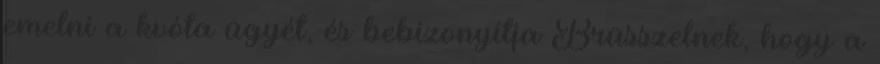
emelni a kvóta ügyét, és bebizonyítja Brüsszelnek, hogy a